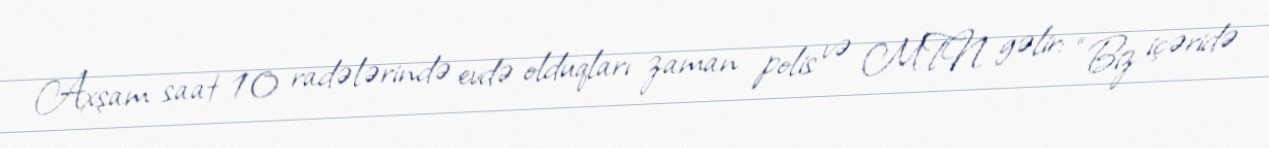
Axşam saat 10 radələrində evdə olduqları zaman polis və MTN gəlir: “Biz içəridə